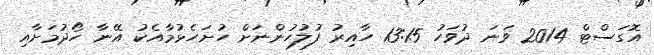
އޮގަސްޓް 2014 ވަނަ ދުވަހު 13:15 ހާއިރު ފުލުހުންނަށް ހުށަހެޅުމާއެކު އޭނާ ހޯދުމަށާއި